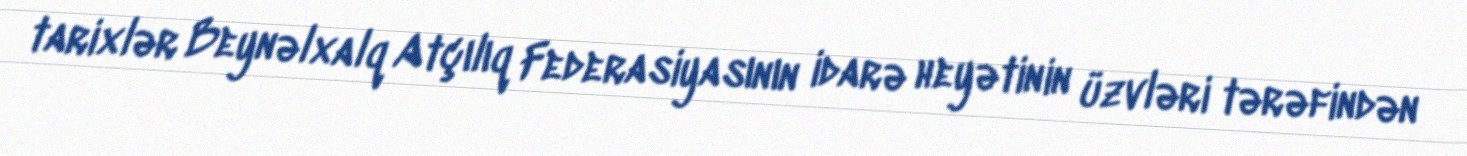
tarixlər Beynəlxalq Atçılıq Federasiyasının idarə heyətinin üzvləri tərəfindən